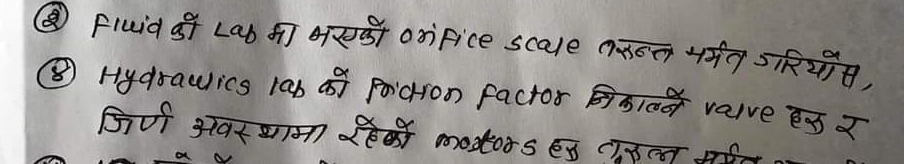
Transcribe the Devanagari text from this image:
Fluid को Lab मा भइएको orifice scale दुरुस्त मर्मत गरियोस्,
Hydraulics lab को friction factor निकाल्ने valve हरु र
जिर्ण अवस्थामा रहेको motors हरु तुरुन्त मर्मत गरा